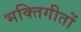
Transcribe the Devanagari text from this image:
भक्तिगीतों